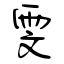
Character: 雯